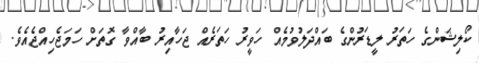
ކޯލިޝަންގެ ހަތަރު ލީޑަރުންގެ ބައްދަލުވުމެއް ހަވީރު ހަތަރެއް ޖަހާއިރު ބާއްވާ ގޮތަށް ހަމަޖެހިއްޖެއެވެ.